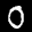
Label: 0